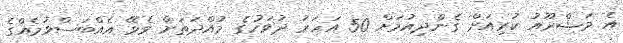
އެ މަޝްރޫއު ކުރިއަށް ގެންދިއުމަށް 50 އަހަރު ދުވަހުގެ މުއްދަތަށް ވެވޭ އެއްބަސްވުމެއްގެ